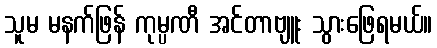
သူမ မနက်ဖြန် ကုမ္ပဏီ အင်တာဗျူး သွားဖြေရမယ်။